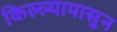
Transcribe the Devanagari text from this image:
किल्ल्यापासुन